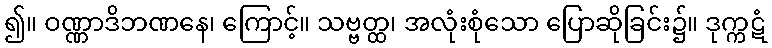
၍။ ဝဏ္ဏာဒိဘဏနေ၊ ကြောင့်။ သဗ္ဗတ္ထ၊ အလုံးစုံသော ပြောဆိုခြင်း၌။ ဒုက္ကဋံ